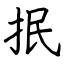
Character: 抿